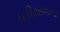
ઘડીયાળના